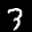
Label: 3